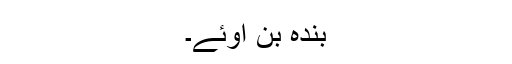
بندہ بن اوئے۔